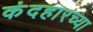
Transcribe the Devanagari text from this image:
कंदहारच्या